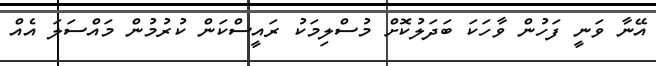
އޭނާ ވަނީ ފަހުން ވާހަކަ ބަދަލުކޮށް މުސްލިމަކު ރައީސްކަން ކުރުމުން މައްސަލަ އެއް